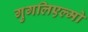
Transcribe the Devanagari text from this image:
गुगलिएल्मो